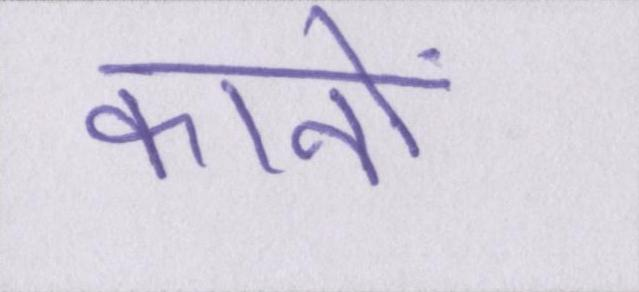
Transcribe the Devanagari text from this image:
कानों